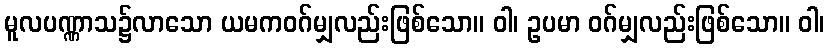
မူလပဏ္ဏာသ၌လာသော ယမကဝဂ်မျှလည်းဖြစ်သော။ ဝါ၊ ဥပမာ ဝဂ်မျှလည်းဖြစ်သော။ ဝါ၊